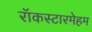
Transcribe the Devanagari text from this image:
रॉकस्टारमेहम